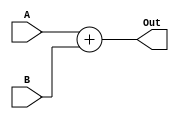
`timescale 1ns / 1ps

module Adder32Bit(A, B, Out);

input [31:0] A, B;

output reg [31:0] Out;

initial begin

Out <= 0;

end

always @(*) begin

Out <= A + B;

end

endmodule